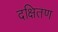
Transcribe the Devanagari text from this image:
दक्षितण